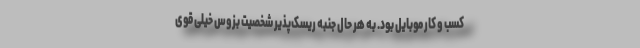
کسب و کار موبایل بود. به هر حال جنبه ریسک‌پذیر شخصیت بزوس خیلی قوی